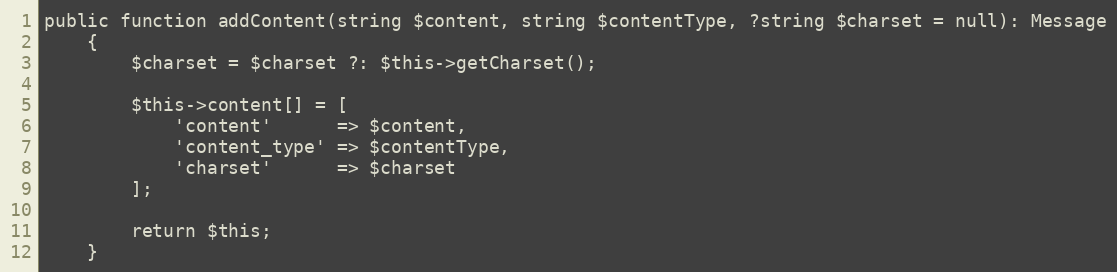
Language: PHP
public function addContent(string $content, string $contentType, ?string $charset = null): Message
    {
        $charset = $charset ?: $this->getCharset();

        $this->content[] = [
            'content'      => $content,
            'content_type' => $contentType,
            'charset'      => $charset
        ];

        return $this;
    }